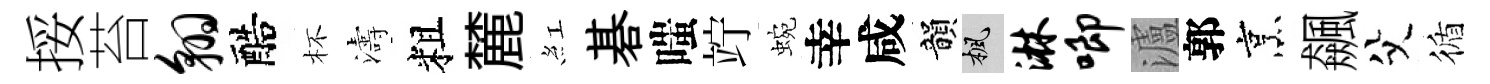
挼苔翱醅杯濤粗麓紅碁嗤竚蜿幸咸韻楓淋唧瀘郭烹飆父循